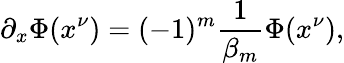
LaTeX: \partial_{x}\Phi(x^{\nu})=(-1)^{m}\frac{1}{\beta_{m}}\Phi(x^{\nu}),